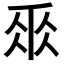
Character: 𠂹